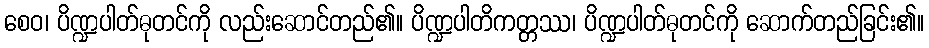
စေဝ၊ ပိဏ္ဍပါတ်ဓုတင်ကို လည်းဆောင်တည်၏။ ပိဏ္ဍပါတိကတ္တဿ၊ ပိဏ္ဍပါတ်ဓုတင်ကို ဆောက်တည်ခြင်း၏။